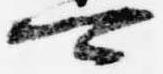
可